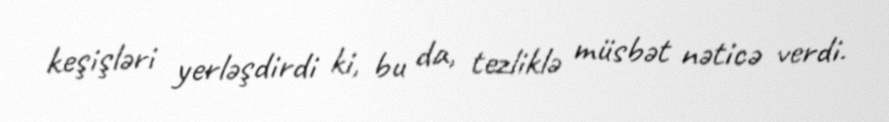
keşişləri yerləşdirdi ki, bu da, tezliklə müsbət nəticə verdi.